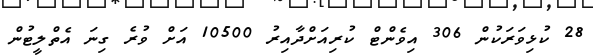
28 ކުޅިވަރަކުން 306 އިވެންޓް ކުރިއަށްދާއިރު 10500 އަށް ވުރެ ގިނަ އެތްލީޓުން